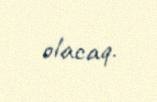
olacaq.